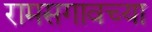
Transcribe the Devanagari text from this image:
रामसगावच्या